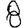
Digit: 8